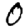
Digit: 0